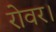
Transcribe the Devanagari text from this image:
रोवर।